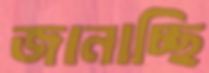
জানাচ্ছি